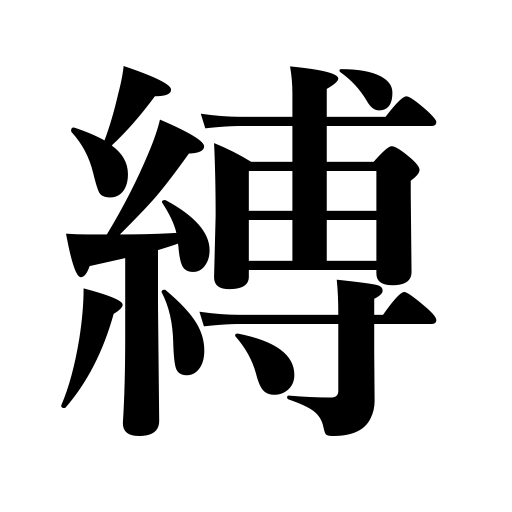
Meanings: restrain,catch,arrest,tie,truss,fasten,chain,bind,fetter,binding